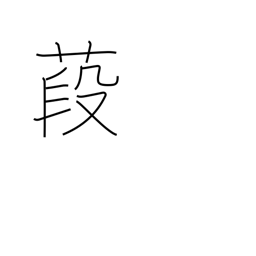
Meaning: althea